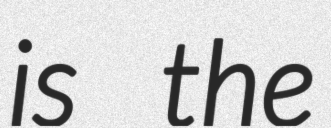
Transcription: is the